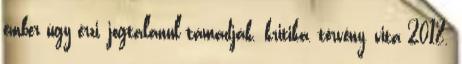
ember úgy érzi, jogtalanul támadják. kritika, törvény, vita 2018.